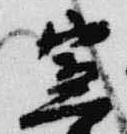
宣